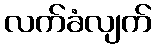
လက်ခံလျက်